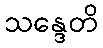
သန္ဒေတိ